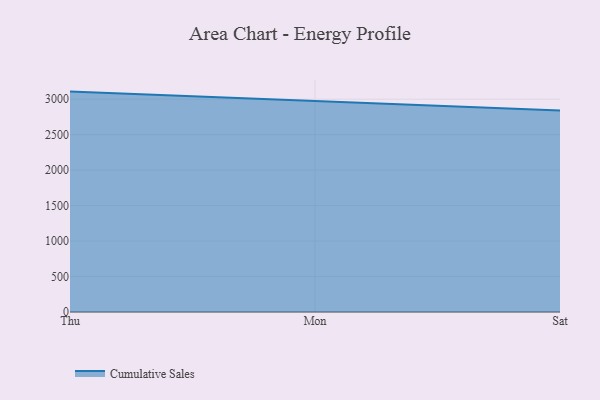
{"axis": {"x": "Day", "y": "Demand Index"}, "legend": ["Cumulative Sales"], "data": [{"x": "Thu", "y": 3107.3, "type": "Cumulative Sales"}, {"x": "Mon", "y": 2969.3, "type": "Cumulative Sales"}, {"x": "Sat", "y": 2839.9, "type": "Cumulative Sales"}]}